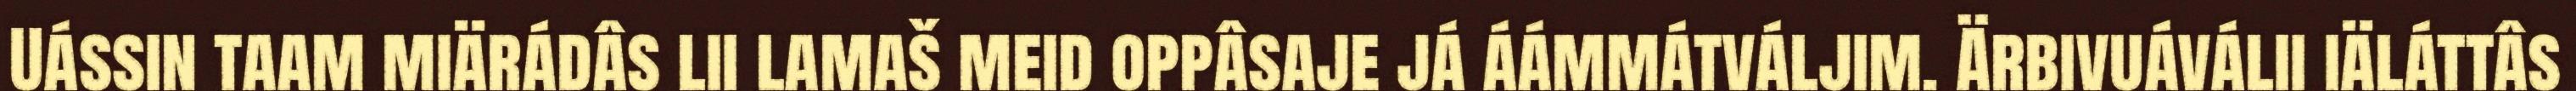
Uássin taam miärádâs lii lamaš meid oppâsaje já áámmátváljim. Ärbivuáválii iäláttâs